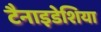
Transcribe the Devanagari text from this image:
टैनाइडेशिया